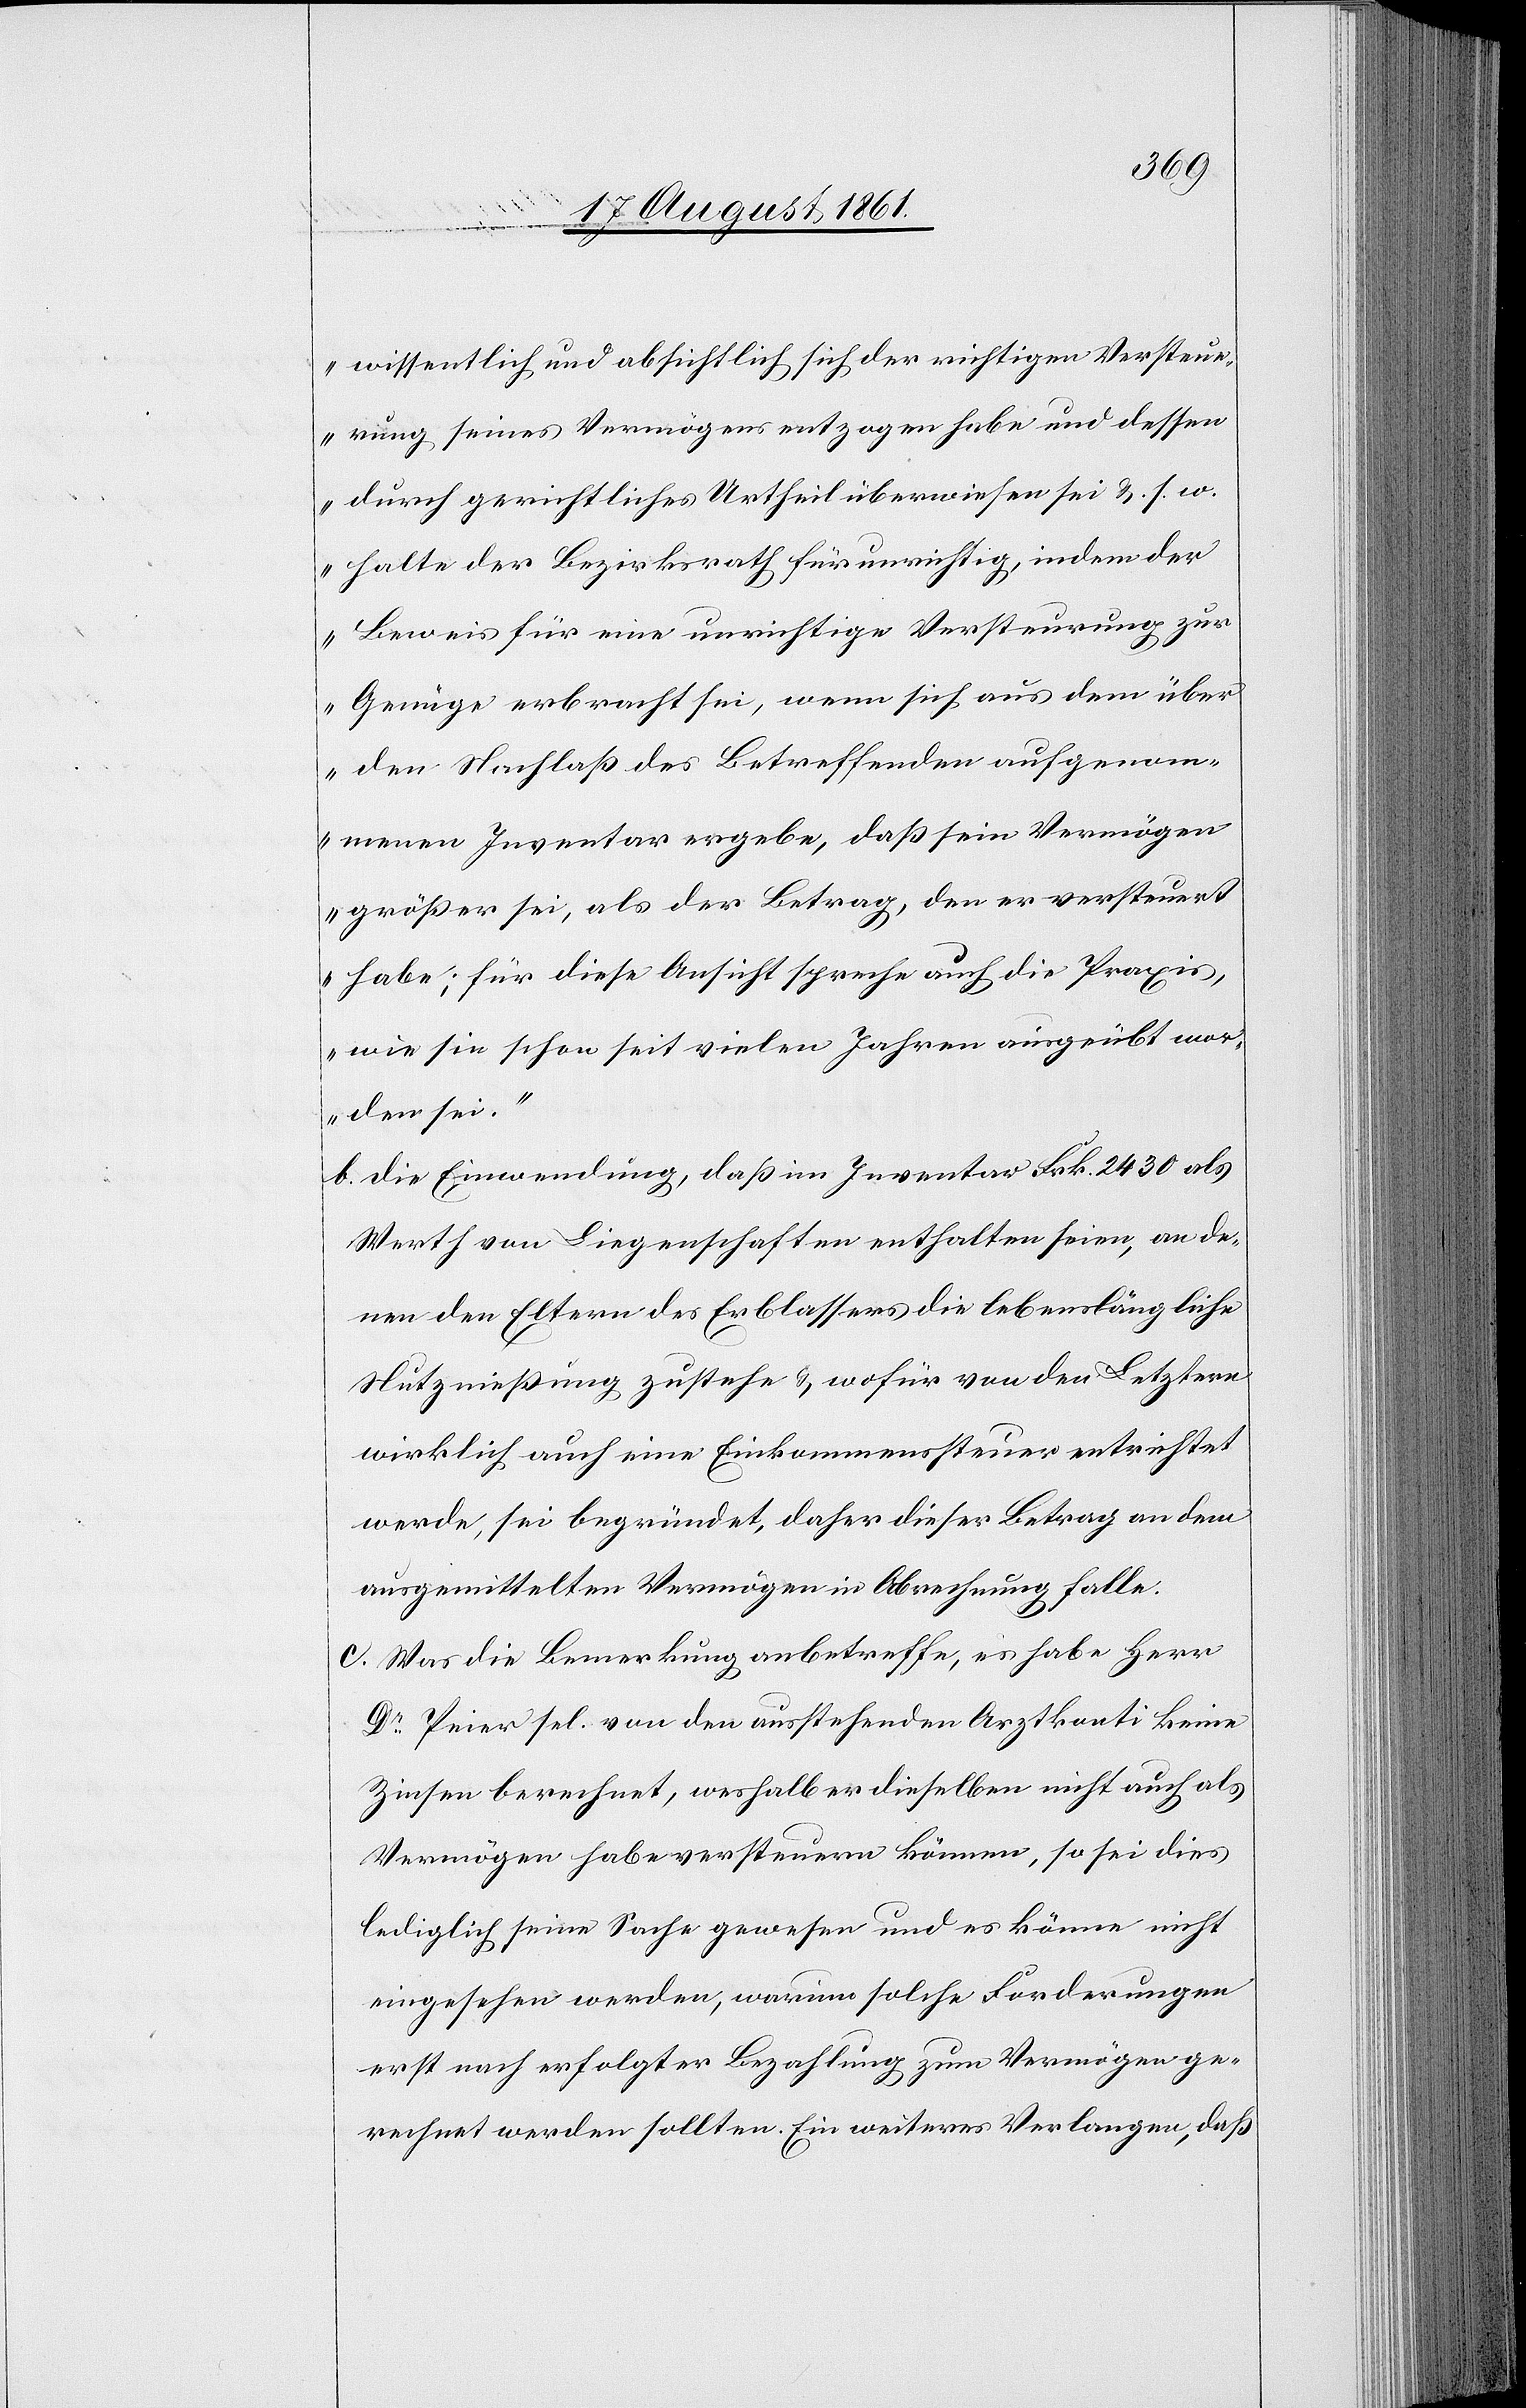
wissentlich und absichtlich sich der richtigen Versteue¬
rung seines Vermögens entzogen habe, und dessen
durch gerichtliches Urtheil überwiesen sei u. s. w.
halte der Bezirksrath für unrichtig, indem der
Beweis für eine unrichtige Versteuerung zur
Genüge erbracht sei, wenn sich aus dem über
den Nachlaß des Betreffenden aufgenom¬
menen Inventar ergebe, daß sein Vermögen
größer sei, als der Betrag, den er versteuert
habe; für diese Ansicht spreche auch die Praxis,
wie sie schon seit vielen Jahren ausgeübt wor¬
den sei.“
b. Die Einwendung, daß im Inventar Frk 2430 als
Werth von Liegenschaften enthalten seien, an de¬
nen den Eltern des Erblassers die lebenslängliche
Nutznießung zustehe u. wofür von den Letztern
wirklich auch eine Einkommenssteuer entrichtet
werde, sei begründet, daher dieser Betrag an dem
ausgemittelten Vermögen in Abrechnung falle.
c. Was die Bemerkung anbetreffe, es habe Herr
Dr Peier sel. von den ausstehenden Arztkonti keine
Zinsen berechnet, weshalb dieselben nicht auch als
Vermögen habe versteuern können, so sei dies
lediglich seine Sache gewesen und es könne nicht
eingesehen werden, warum solche Forderungen
erst noch erfolgter Bezahlung zum Vermögen ge¬
rechnet werden sollten. Ein weiteres Verlangen, daß